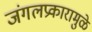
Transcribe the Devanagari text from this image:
जंगलप्रकारामुळे